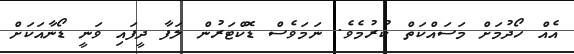
އެއް ހޯދުމަށް މަސައްކަތް ކުރުމެވެ. ނަމަވެސް ޑޮކްޓަރުން ލަފާ ދީފައި ވަނީ ޑޯނާއަކަށް